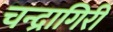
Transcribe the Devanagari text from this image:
चन्द्रागिरी